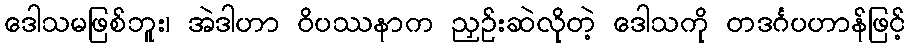
ဒေါသမဖြစ်ဘူး၊ အဲဒါဟာ ဝိပဿနာက ညှဉ်းဆဲလိုတဲ့ ဒေါသကို တဒင်္ဂပဟာန်ဖြင့်